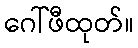
ဂေါ်ဖီထုတ်။